Punjab Mental Hospital Lahore 1922-31 - 1922-1931
Year: 1922
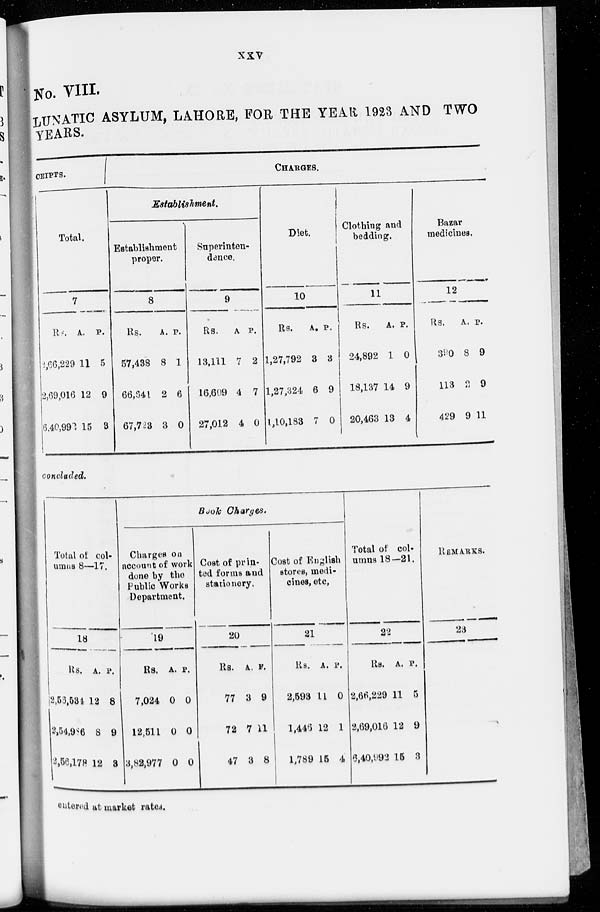
xxv
No. VIII.
LUNATIC ASYLUM, LAHORE, FOR THE YEAR 1923 AND TWO
YEARS.
CEIPTS.
Total.
7
Rs.
2,66,229
2,69,016
6,40,992
A.
11
12
15
P.
5
9
3
CHARGES.
Establishment.
Establishment
proper.
8
Rs.
57,438
66,941
67,723
A.
8
2
3
P.
1
6
0
Superinten-
dence.
9
Rs.
13,111
16,609
27,012
A.
7
4
4
P.
2
7
0
Diet.
10
Rs.
1,27,792
1,27,324
1,10,183
A.
3
6
7
P.
3
9
0
Clothing and
bedding.
11
Rs.
24,892
18,137
20,463
A.
1
14
13
P.
0
9
4
Bazar
medicines.
12
Rs.
390
113
429
A.
8
2
9
P.
9
9
11
concluded.
Total of col-
umns 8—17.
18
Rs.
2,56,534
2,54,986
2,56,178
A.
12
8
12
P.
8
9
3
Book Charges.
Charges on
account of work
done by the
Public Works
Department.
19
Rs.
7,024
12,511
3,82,977
A.
0
0
0
P.
0
0
0
Cost of prin-
ted forms and
stationery.
20
Rs.
77
72
47
A.
3
7
3
P.
9
11
8
Cost of English
stores, medi-
cines, etc,
21
Rs.
2,693
1,446
1,789
A.
11
12
15
P.
0
1
4
Total of col-
umns 18—21.
22
Rs.
2,66,229
2,69,016
6,40,992
A.
11
12
15
P.
5
9
3
REMARKS.
23
entered at market rates.